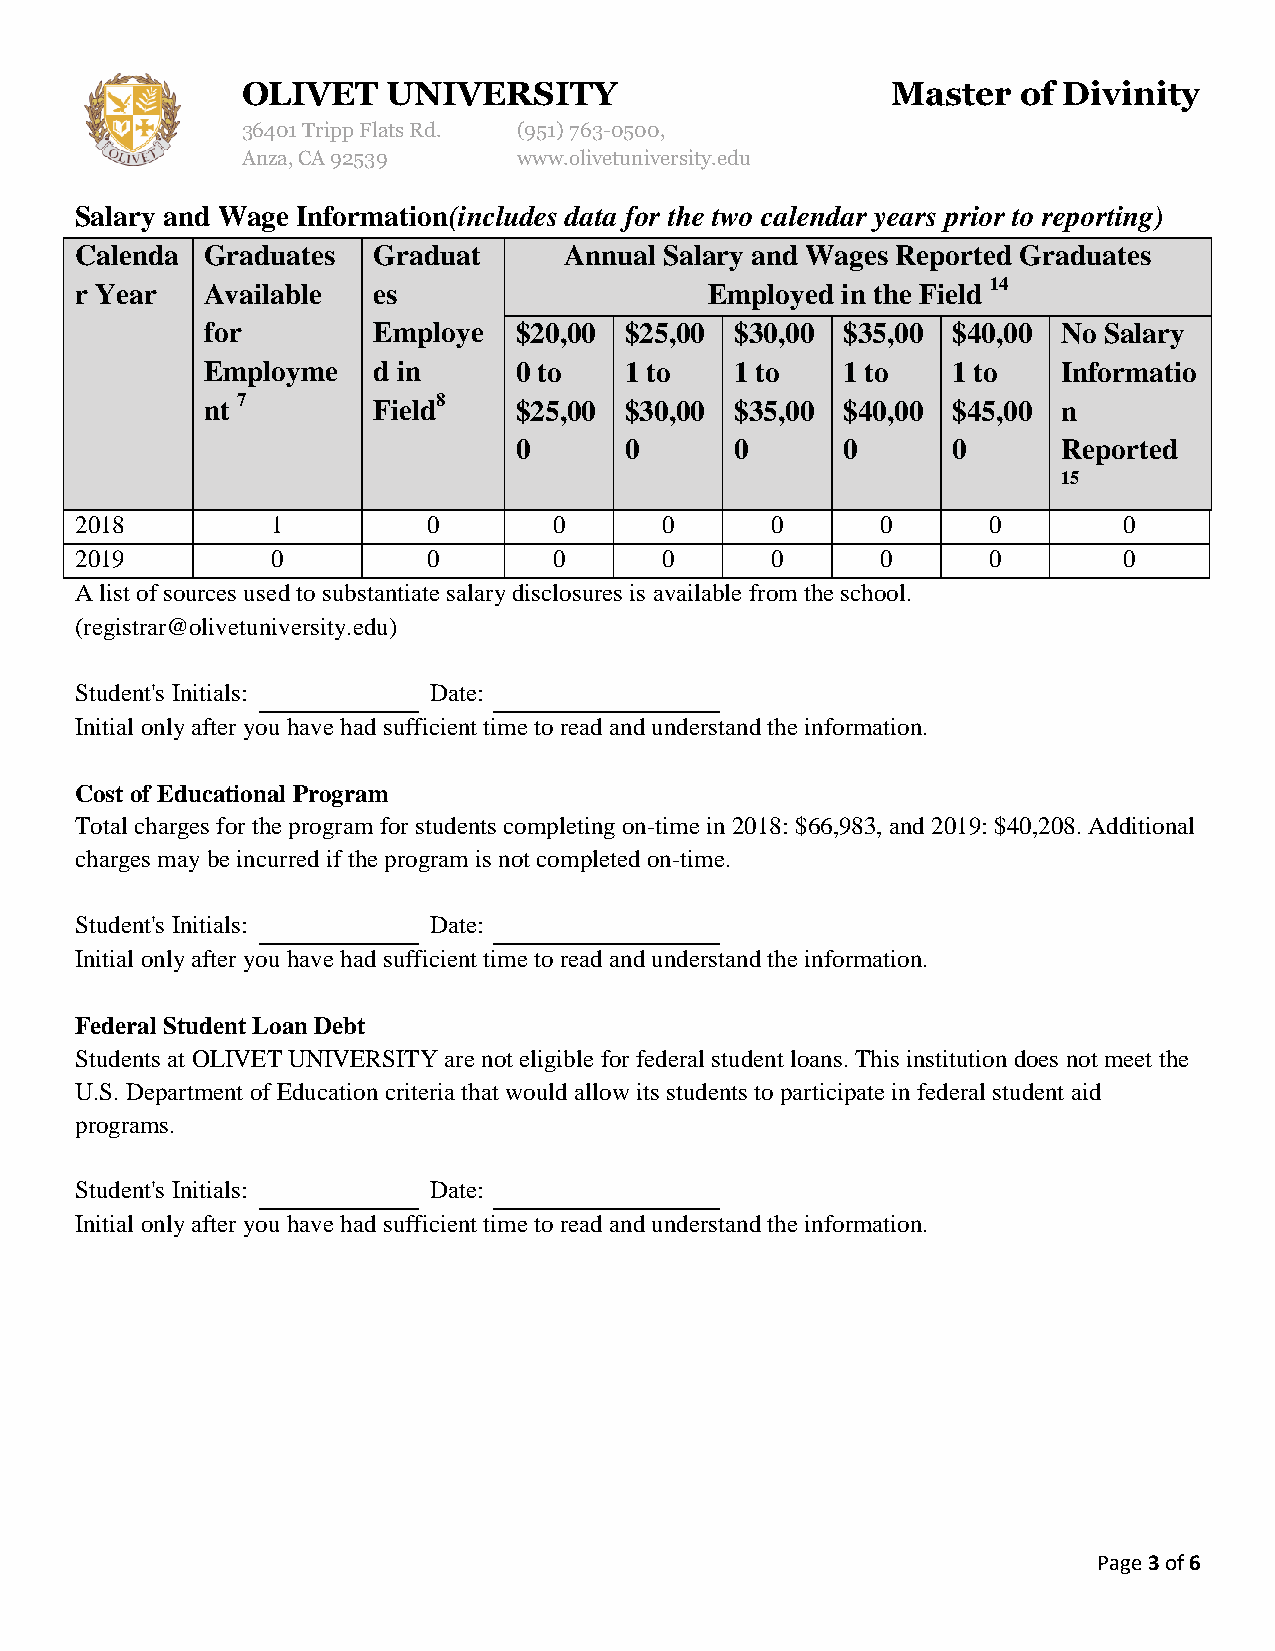
OLIVET    UNIVERSITY                       Master   of Divinity
 36401 Tripp Flats Rd. (951) 763-0500,
 Anza, CA 92539    www.olivetuniversity.edu
 Salary and Wage Information(includes data for the two calendar years prior to reporting)
 Calenda  Graduates  Graduat     Annual Salary and Wages Reported Graduates
 r Year   Available  es                    Employed in the Field 14
 for        Employe  $20,00 $25,00  $30,00 $35,00 $40,00 No Salary
 Employme   d in     0 to   1 to    1 to   1 to   1 to   Informatio
 nt 7       Field8   $25,00 $30,00  $35,00 $40,00 $45,00 n
 0      0       0      0      0      Reported
 15
 2018         1         0        0      0      0      0      0        0
 2019         0         0        0      0      0      0      0        0
 A list of sources used to substantiate salary disclosures is available from the school.
 (registrar@olivetuniversity.edu)
 Student's Initials:    Date:
 Initial only after you have had sufficient time to read and understand the information.
 Cost of Educational Program
 Total charges for the program for students completing on-time in 2018: $66,983, and 2019: $40,208. Additional
 charges may be incurred if the program is not completed on-time.
 Student's Initials:    Date:
 Initial only after you have had sufficient time to read and understand the information.
 Federal Student Loan Debt
 Students at OLIVET UNIVERSITY are not eligible for federal student loans. This institution does not meet the
 U.S. Department of Education criteria that would allow its students to participate in federal student aid
 programs.
 Student's Initials:    Date:
 Initial only after you have had sufficient time to read and understand the information.
 Page 3 of 6